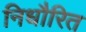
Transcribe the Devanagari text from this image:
निधौरित